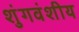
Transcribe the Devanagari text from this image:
शुंगवंशीय